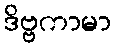
ဒိဗ္ဗကာမာ